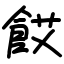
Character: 餀